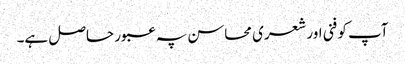
آپ کو فنی اور شعری محاسن پہ عبور حاصل ہے۔